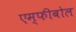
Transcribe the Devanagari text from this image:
एम्फीबोल